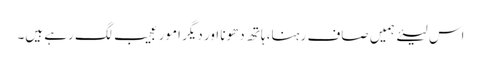
اس لیئے ہمیں صاف رہنا، ہاتھ دھونا اور دیگر امور عجیب لگ رہے ہیں۔